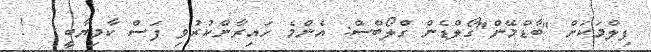
ފިލްމަކަށް "ބާޑްމޭން"ގޯލްޑެން ގްލޯބްސް: އެންމެ ހައިރާންކުރުވި ފަސް ކާމިޔާބީ   !